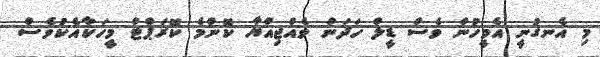
މި އެނގުނީ އެމީހުން ވެސް ޑީލް ހަދަން ވެއްޖިއްޔާ ކޮންމެ ކޮރަޕްޓް މީހަކާއެކުވެސް